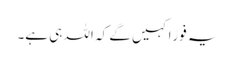
یہ فورًاکہیں گے کہ اللہ ہی ہے۔